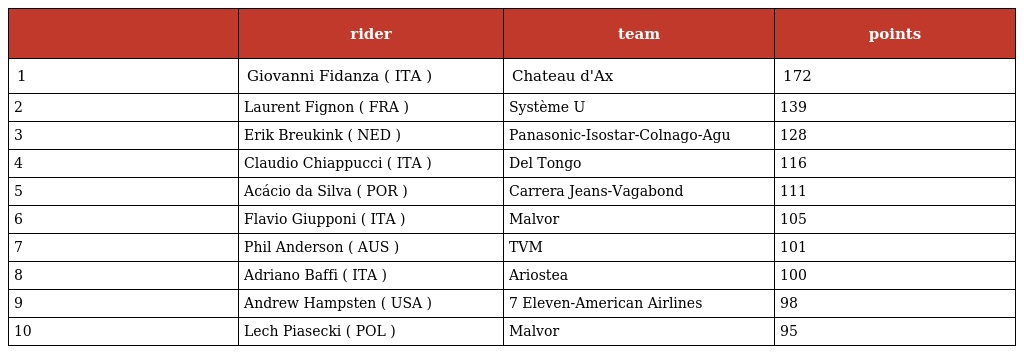
|  | rider | team | points |
 | --- | --- | --- | --- |
 | 1 | Giovanni Fidanza ( ITA ) | Chateau d'Ax | 172 |
 | 2 | Laurent Fignon ( FRA ) | Système U | 139 |
 | 3 | Erik Breukink ( NED ) | Panasonic-Isostar-Colnago-Agu | 128 |
 | 4 | Claudio Chiappucci ( ITA ) | Del Tongo | 116 |
 | 5 | Acácio da Silva ( POR ) | Carrera Jeans-Vagabond | 111 |
 | 6 | Flavio Giupponi ( ITA ) | Malvor | 105 |
 | 7 | Phil Anderson ( AUS ) | TVM | 101 |
 | 8 | Adriano Baffi ( ITA ) | Ariostea | 100 |
 | 9 | Andrew Hampsten ( USA ) | 7 Eleven-American Airlines | 98 |
 | 10 | Lech Piasecki ( POL ) | Malvor | 95 |